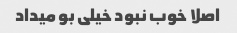
اصلا خوب نبود خیلی بو میداد